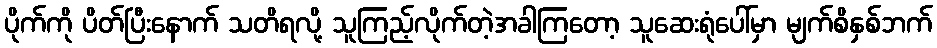
ပိုက်ကို ပိတ်ပြီးနောက် သတိရလို့ သူကြည့်လိုက်တဲ့အခါကြတော့ သူဆေးရုံပေါ်မှာ မျက်စိနှစ်ဘက်